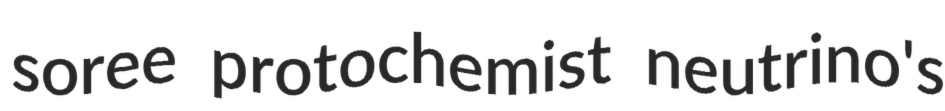
soree protochemist neutrino's